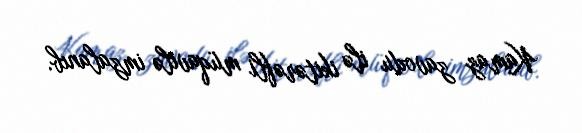
Kamaz zavodu ilə ikitərəfli müqavilə imzalanıb.